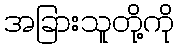
အခြားသူတို့ကို